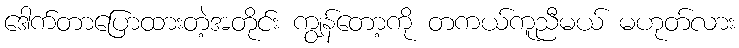
ဒေါက်တာပြောထားတဲ့အတိုင်း ကျွန်တော့ကို တကယ်ကူညီမယ် မဟုတ်လား